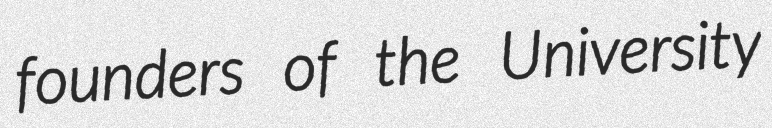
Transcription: founders of the University